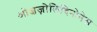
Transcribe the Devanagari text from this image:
ओक्षज़ोलिदिनोनेस